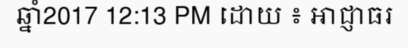
ឆ្នាំ2017 12:13 PM ដោយ ៖ អាជ្ញាធរ